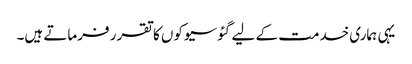
یہی ہماری خدمت کے لیے گئوسیوکوں کا تقرر فرماتے ہیں۔